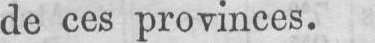
de ces provinces.